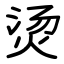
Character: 烫